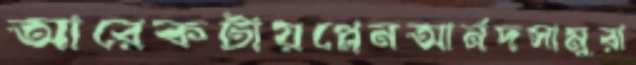
আরেকটায়প্লেনআর্নদসামুরা